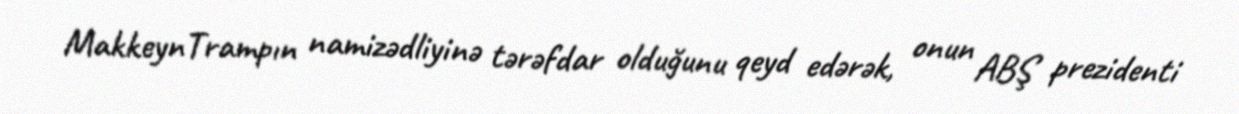
MakkeynTrampın namizədliyinə tərəfdar olduğunu qeyd edərək, onun ABŞ prezidenti